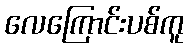
လေကြောင်းပစ်ကူ